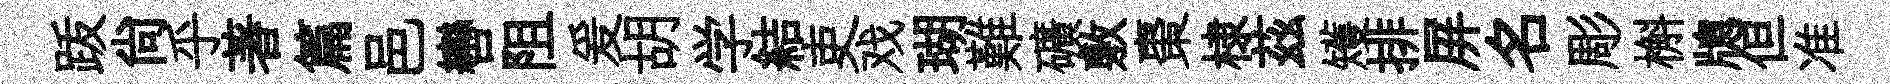
䟦尚乎著篇邑轡阻爰胡学結吏戏瑚難礦敷棗棣茲矱排屏名彫槲牕但准